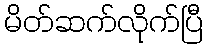
မိတ်ဆက်လိုက်ပြီ